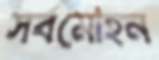
সর্বমোহন